Annual administration report of the Bombay Presidency - 1887-1892
Year: 1887
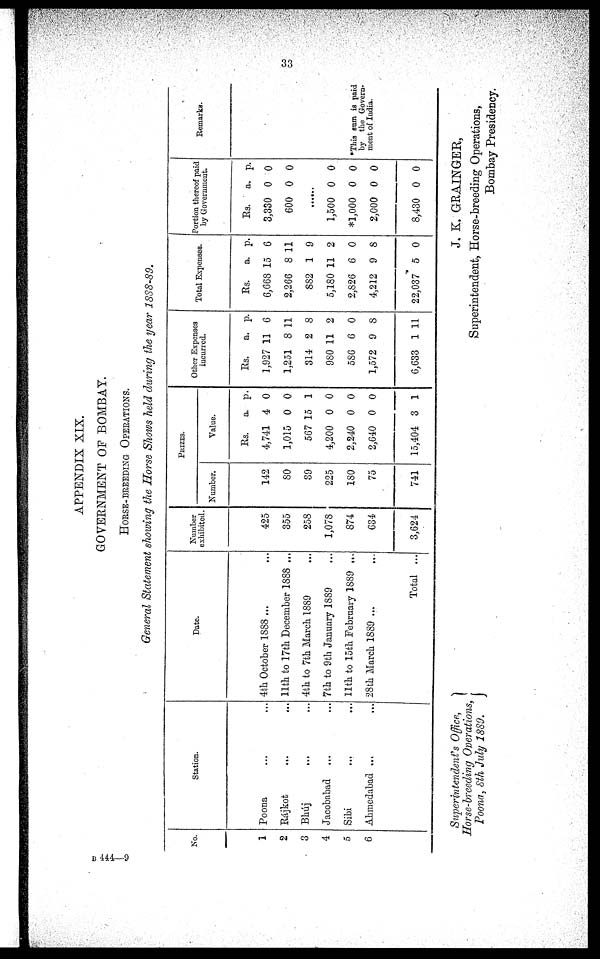
33
APPENDIX XIX.
GOVERNMENT OF BOMBAY.
HORSE-BREEDING OPERATIONS.
General Statement showing the Horse Shows held during the year 1888-89.
No.
1
2
3
4
5
6
Station.
Poona ... ...
Rájkot
...
...
Bhúj ... ...
Jacobabad ... ...
Sibi ... ...
Ahmedabad ...
...
Date.
4th October 1888 ... ...
11th to 17th December 1888 ...
4th to 7th March 1889 ...
7th to 9th January 1889 ...
11th to 15th February 1889 ...
28th March 1889 ... ...
Total ...
Number
exhibited.
425
355
258
1,078
874
634
3,624
PRIZES.
Number.
142
80
39
225
180
75
741
Value.
Rs.
4,741
1,015
567
4,200
2,240
2,640
15,404
a.
4
0
15
0
0
0
3
p.
0
0
1
0
0
0
1
Other Expenses
incurred.
Rs.
1,927
1,251
314
980
586
1,572
6,633
a.
11
8
2
11
6
9
1
p.
6
11
8
2
0
8
11
Total Expenses.
Rs.
6,668
2,266
882
5,180
2,826
4,212
22,037
a.
15
8
1
11
6
9
5
p.
6
11
9
2
0
8
0
Portion thereof paid
by Government.
Rs.
3,330
600
a.
0
0
p.
0
0
......
1,500
*1,000
2,000
8,430
0
0
0
0
0
0
0
0
Remarks.
*This sum is paid
by the Govern-
ment of India.
Superintendent's Office,
Horse-breeding Operations,
Poona, 8th July 1889.
J. K. GRAINGER,
Superintendent, Horse-breeding Operations,
Bombay Presidency.
B 444—9